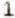
1